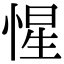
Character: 惺